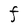
Character: F